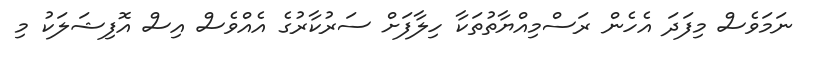
ނަމަވެސް މިފަދަ އެހެން ރަސްމިއްޔާތުތަކާ ހިލާފަށް ސަރުކާރުގެ އެއްވެސް އިސް އޮފިޝަލަކު މި